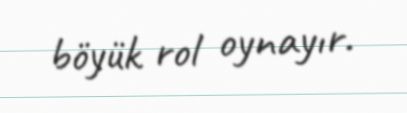
böyük rol oynayır.